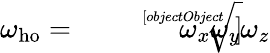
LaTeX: \omega_{\mathrm{ho}}={\sqrt[[objectObject]]{\omega_{x}\omega_{y}\omega_{z}}}